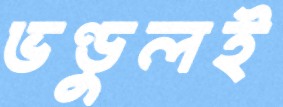
ভণ্ডুলই